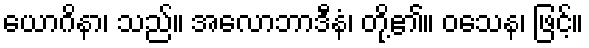
ယောဂိနာ၊ သည်။ အလောဘာဒီနံ၊ တို့၏။ ဝသေန၊ ဖြင့်။